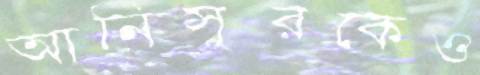
আনিসুরকেও